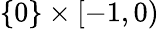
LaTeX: \{ 0\} \times[-1,0)